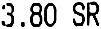
3.80 SR